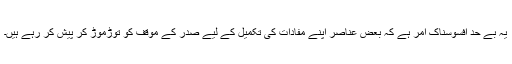
یہ بے حد افسوسناک امر ہے کہ بعض عناصر اپنے مفادات کی تکمیل کے لیے صدر کے موقف کو توڑموڑ کر پیش کر رہے ہیں۔